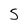
Character: 5